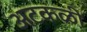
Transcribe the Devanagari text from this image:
अटकळी